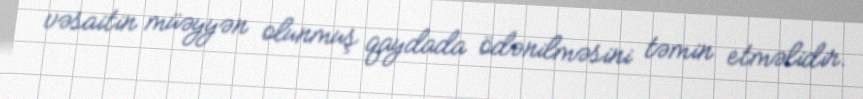
vəsaitin müəyyən olunmuş qaydada ödənilməsini təmin etməlidir.